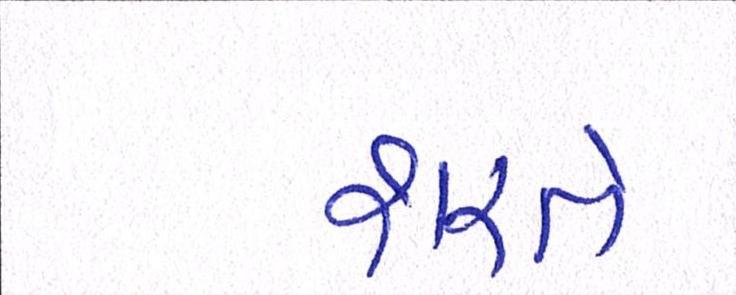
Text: શરતે